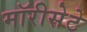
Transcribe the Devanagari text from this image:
मॉरीसेटे